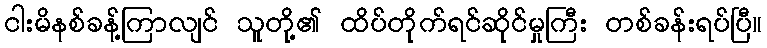
ငါးမိနစ်ခန့်ကြာလျင် သူတို့၏ ထိပ်တိုက်ရင်ဆိုင်မှုကြီး တစ်ခန်းရပ်ပြီ။